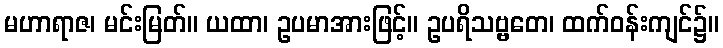
မဟာရာဇ၊ မင်းမြတ်။ ယထာ၊ ဥပမာအားဖြင့်။ ဥပရိသဗ္ဗတေ၊ ထက်ဝန်းကျင်၌။